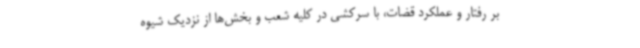
بر رفتار و عملکرد قضات، با سرکشی در کلیه شعب و بخش‌ها از نزدیک شیوه